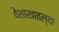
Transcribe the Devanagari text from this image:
वैशाखातल्या